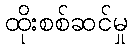
ထိုးစစ်ဆင်မှု